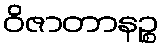
ဝိဇာတာနဉ္စ